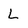
Character: L